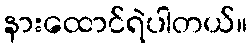
နားထောင်ရဲပါတယ်။